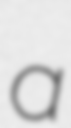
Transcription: a